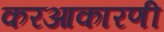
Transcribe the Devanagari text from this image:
करआकारणी